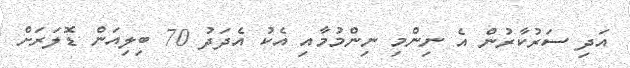
އަދި ސަރުކާރުން އެ ނިންމި ނިންމުމާއި އެކު އެދަދު 70 ބިލިއަން ޑޮލަރަށް